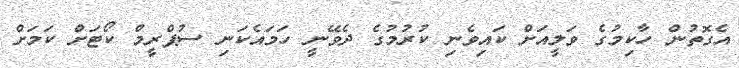
އެގޮތުން ހާކިމުގެ ވަލީއަށް ކައިވެނި ކުރުމުގެ ދެވޭނީ ހަމައެކަނި ސުޕްރީމް ކޯޓަށް ކަމަށް